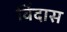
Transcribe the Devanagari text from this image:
विंदास